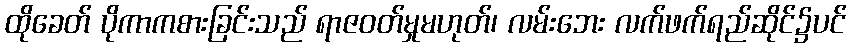
ထိုခေတ် ပိုကာကစားခြင်းသည် ရာဇဝတ်မှုမဟုတ်၊ လမ်းဘေး လက်ဖက်ရည်ဆိုင်၌ပင်